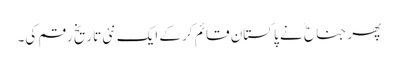
پھر جناح ؒ نے پاکستان قائم کرکے ایک نئی تاریخ رقم کی۔